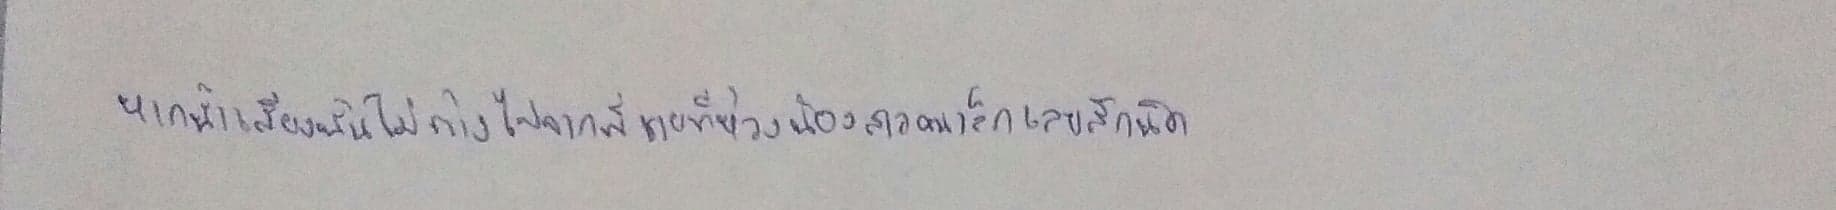
หากน้ำเสียงนั้นไม่ต่างไปจากพี่ชายที่ห่วงน้องสาวคนเล็กเลยสักนิด